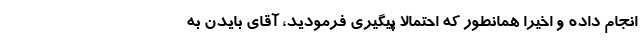
انجام داده و اخیرا همانطور که احتمالا پیگیری فرمودید، آقای بایدن به